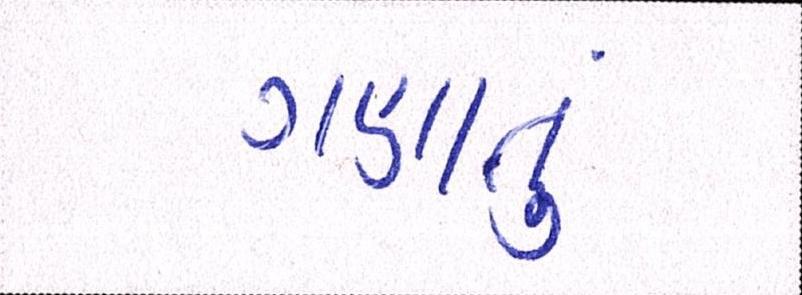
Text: ગણાતું